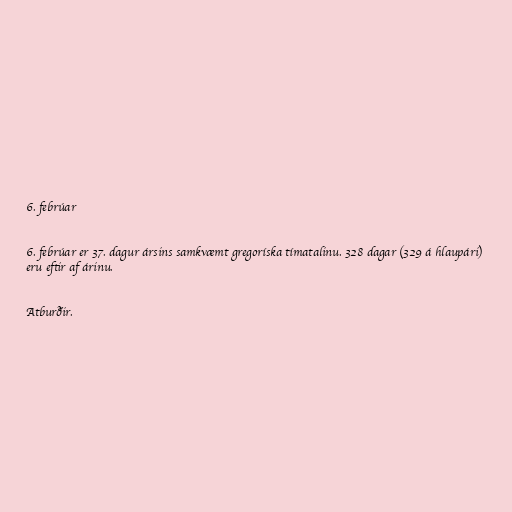
6. febrúar

6. febrúar er 37. dagur ársins samkvæmt gregoríska tímatalinu. 328 dagar (329 á hlaupári)
eru eftir af árinu.

Atburðir.